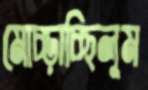
মোচ্‌ড়াচ্ছিলুম